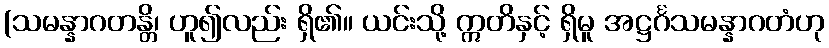
(သမန္နာဂတန္တိ၊ ဟူ၍လည်း ရှိ၏။ ယင်းသို့ ဣတိနှင့် ရှိမူ အဋ္ဌင်္ဂသမန္နာဂတံဟု